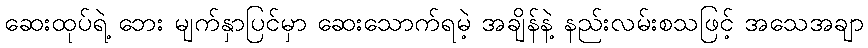
ဆေးထုပ်ရဲ့ ဘေး မျက်နှာပြင်မှာ ဆေးသောက်ရမဲ့ အချိန်နဲ့ နည်းလမ်းစသဖြင့် အသေအချာ